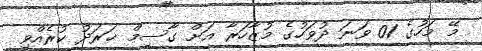
މޭ މަހުގެ 01 ވަނަ ދުވަހުގެ މުޒާހަރާ އަށް ގާސިމް ޚަރަދު ކުރެއްވި